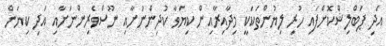
އަދި ޕަބްލިޝްކޮށްފައި ހުރި ލިޔުންތަކަކީ މިދާއިރާއިން ކިޔަވާ ކުދިންނަށާއި ނޫސްވެރިންނަށާއި އަދި ކިޔަން